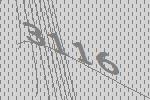
3116